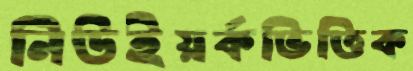
নিউইয়র্কভিত্তিক